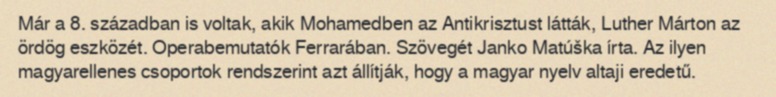
Már a 8. században is voltak, akik Mohamedben az Antikrisztust látták, Luther Márton az ördög eszközét. Operabemutatók Ferrarában. Szövegét Janko Matúška írta. Az ilyen magyarellenes csoportok rendszerint azt állítják, hogy a magyar nyelv altaji eredetű.